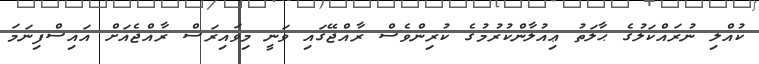
ކުއްލި ނުރައްކަލުގެ ޙާލަތު ޢިއުލާންކުރުމުގެ ކުރިންވެސް ރާއްޖޭގައި ވަނީ މިވައިރަސް ރާއްޖެއަށް އައިސްފިނަމަ